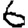
Digit: 6